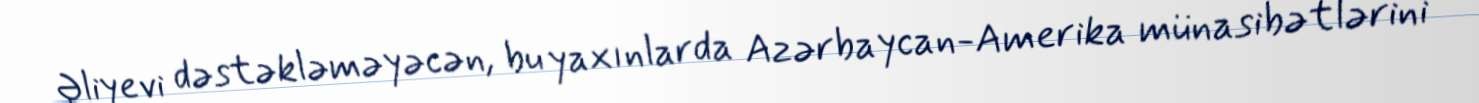
Əliyevi dəstəkləməyəcən, bu yaxınlarda Azərbaycan-Amerika münasibətlərini